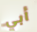
أبي